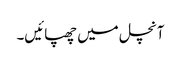
آنچل میں چھپائیں۔